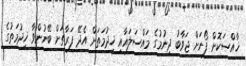
ޚާއްސަކޮށް ފޯނަށް ޖަވާބު ދިނުމުގެ މައްސަލައާއި ޚިދުމަތަށް އެދޭ ފަރާތަށް ބޭނުންވާ ޚިދުމަތުގެ